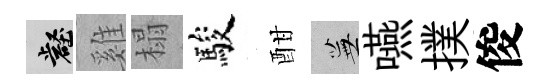
壑雞榻駿酣蕪嚥撲俊